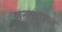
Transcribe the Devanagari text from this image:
जनरलाइज़्ड